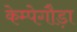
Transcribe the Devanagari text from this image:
केम्पेगौड़ा